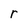
Character: r